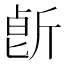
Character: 𣂢